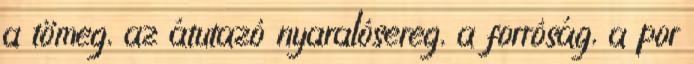
a tömeg, az átutazó nyaralósereg, a forróság, a por